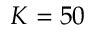
K = 5 0